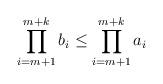
LaTeX: \begin{align*}\prod_{i=m+1}^{m+k}b_i \leq \prod_{i=m+1}^{m+k} a_i \end{align*}